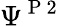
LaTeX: \Psi^{\mathrm{~P~2~}}